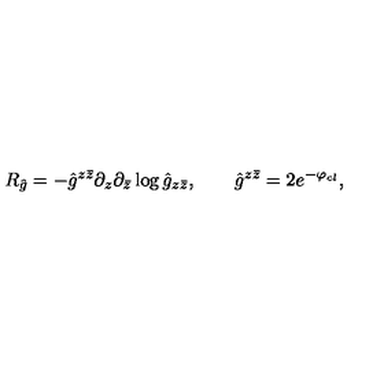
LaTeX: R _ { \hat { g } } = - { \hat { g } } ^ { z \bar { z } } \partial _ { z } \partial _ { \bar { z } } \log { \hat { g } } _ { z \bar { z } } , \qquad \hat { g } ^ { z \bar { z } } = 2 e ^ { - \varphi _ { c l } } ,